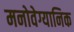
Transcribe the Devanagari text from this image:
मनोवेग्यानिक